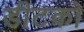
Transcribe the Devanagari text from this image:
डीटको